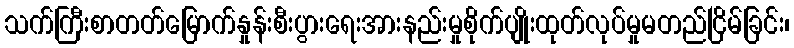
သက်ကြီးစာတတ်မြောက်နှုန်းစီးပွားရေးအားနည်းမှုစိုက်ပျိုးထုတ်လုပ်မှုမတည်ငြိမ်ခြင်း၊